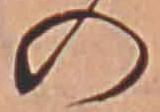
の